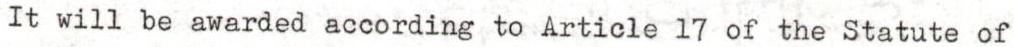
It will be awarded according to Article 17 of the Statute of